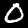
Digit: 0